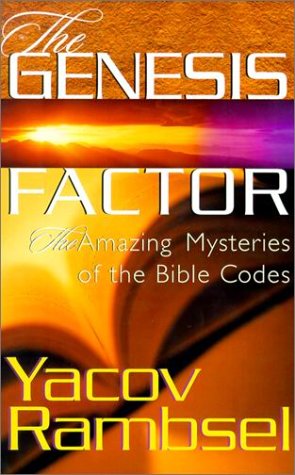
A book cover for The Genesis Factor: The Amazing Mysteries of the Bible Codes; Yacov Rambsel; Christian Books & Bibles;